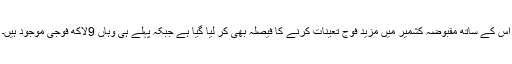
اس کے ساتھ مقبوضہ کشمیر میں مزید فوج تعینات کرنے کا فیصلہ بھی کر لیا گیا ہے جبکہ پہلے ہی وہاں 9لاکھ فوجی موجود ہیں۔